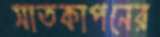
সাতকাপনের